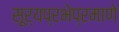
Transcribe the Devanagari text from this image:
सूर्यप्रभेप्रमाणे